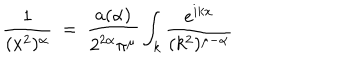
LaTeX: \frac { 1 } { ( x ^ { 2 } ) ^ { \alpha } } ~ = ~ \frac { a ( \alpha ) } { 2 ^ { 2 \alpha } \pi ^ { \mu } } \int _ { k } \frac { e ^ { i k x } } { ( k ^ { 2 } ) ^ { \mu - \alpha } }